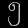
Digit: ၅